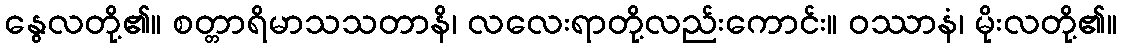
နွေလတို့၏။ စတ္တာရိမာသသတာနိ၊ လလေးရာတို့လည်းကောင်း။ ဝဿာနံ၊ မိုးလတို့၏။